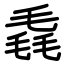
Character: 毳